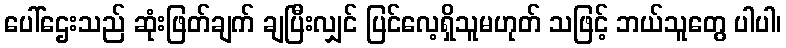
ပေါ်ဌေးသည် ဆုံးဖြတ်ချက် ချပြီးလျှင် ပြင်လေ့ရှိသူမဟုတ် သဖြင့် ဘယ်သူတွေ ပါပါ၊